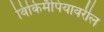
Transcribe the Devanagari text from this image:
विकिमॅपियावरील